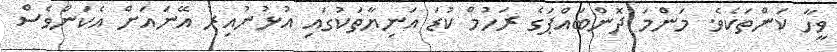
ވީހާ ކަންތަކެވެ. މަންމަ ދޮންބައްޕަގެ ރަހުމް ކުޑަ އަނިޔާތަކުގައި އުޅުނުއިރު އޭނައަށް އެކަންވެސް